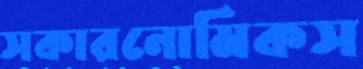
সকারনোমিকস